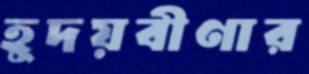
হূদয়বীণার